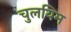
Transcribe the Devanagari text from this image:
चुलयिम